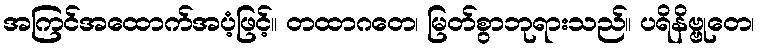
အကြင်အထောက်အပံ့ဖြင့်။ တထာဂတေ၊ မြတ်စွာဘုရားသည်။ ပရိနိဗ္ဗုတေ၊